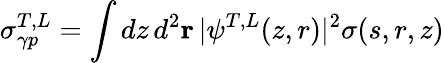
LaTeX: \sigma_{\gamma p}^{T,L}=\int dz\, d^{2}{\mathbf r}\, |\psi^{T,L}(z,r)|^{2}\sigma(s,r,z)